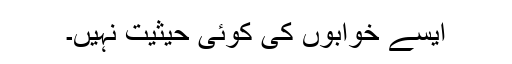
ایسے خوابوں کی کوئی حیثیت نہیں۔